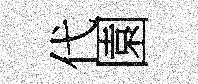
代園